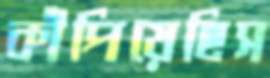
কাঁপিয়েছিস